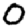
Digit: 0